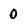
Character: 0